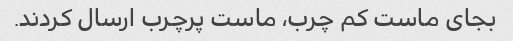
بجاى ماست کم چرب، ماست پرچرب ارسال کردند.